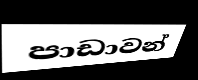
පාඩාවන්